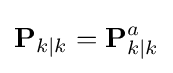
\mathbf {P} _{k\mid k}=\mathbf {P} _{k\mid k}^{a}